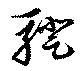
騤